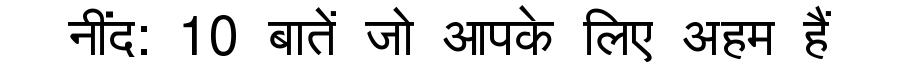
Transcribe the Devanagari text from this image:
नींद: 10 बातें जो आपके लिए अहम हैं